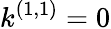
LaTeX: k^{(1,1)}=0